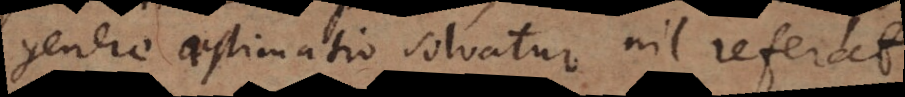
genere aestimatio solvatur nil referat.